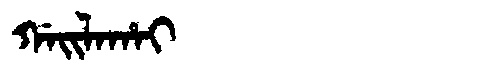
Manchu: ᡤᠠᡳᠯᠠᡥᠠᡳ
Romanization: GAILAHAI